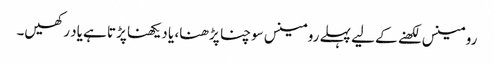
رومینس لکھنے کے لیے پہلے رومینس سوچنا پڑھنا، یا دیکھنا پڑتا ہے یاد رکھیں۔